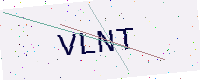
Text: VLNT